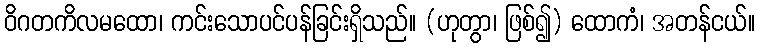
ဝိဂတကိလမထော၊ ကင်းသောပင်ပန်ခြင်းရှိသည်။ (ဟုတွာ၊ ဖြစ်၍) ထောကံ၊ အတန်ငယ်။